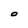
Character: O